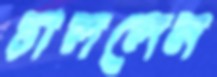
চাললেন